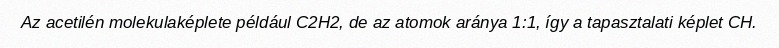
Az acetilén molekulaképlete például C2H2, de az atomok aránya 1:1, így a tapasztalati képlet CH.